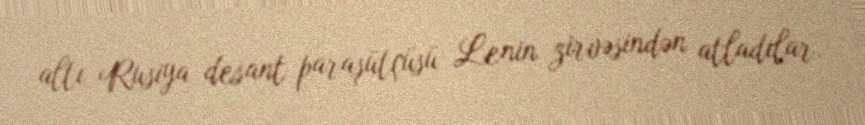
altı Rusiya desant paraşütçüsü Lenin zirvəsindən atladılar.